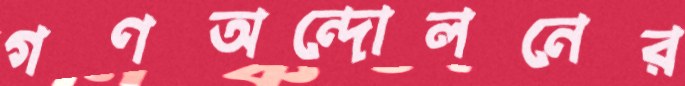
গণঅন্দোলনের